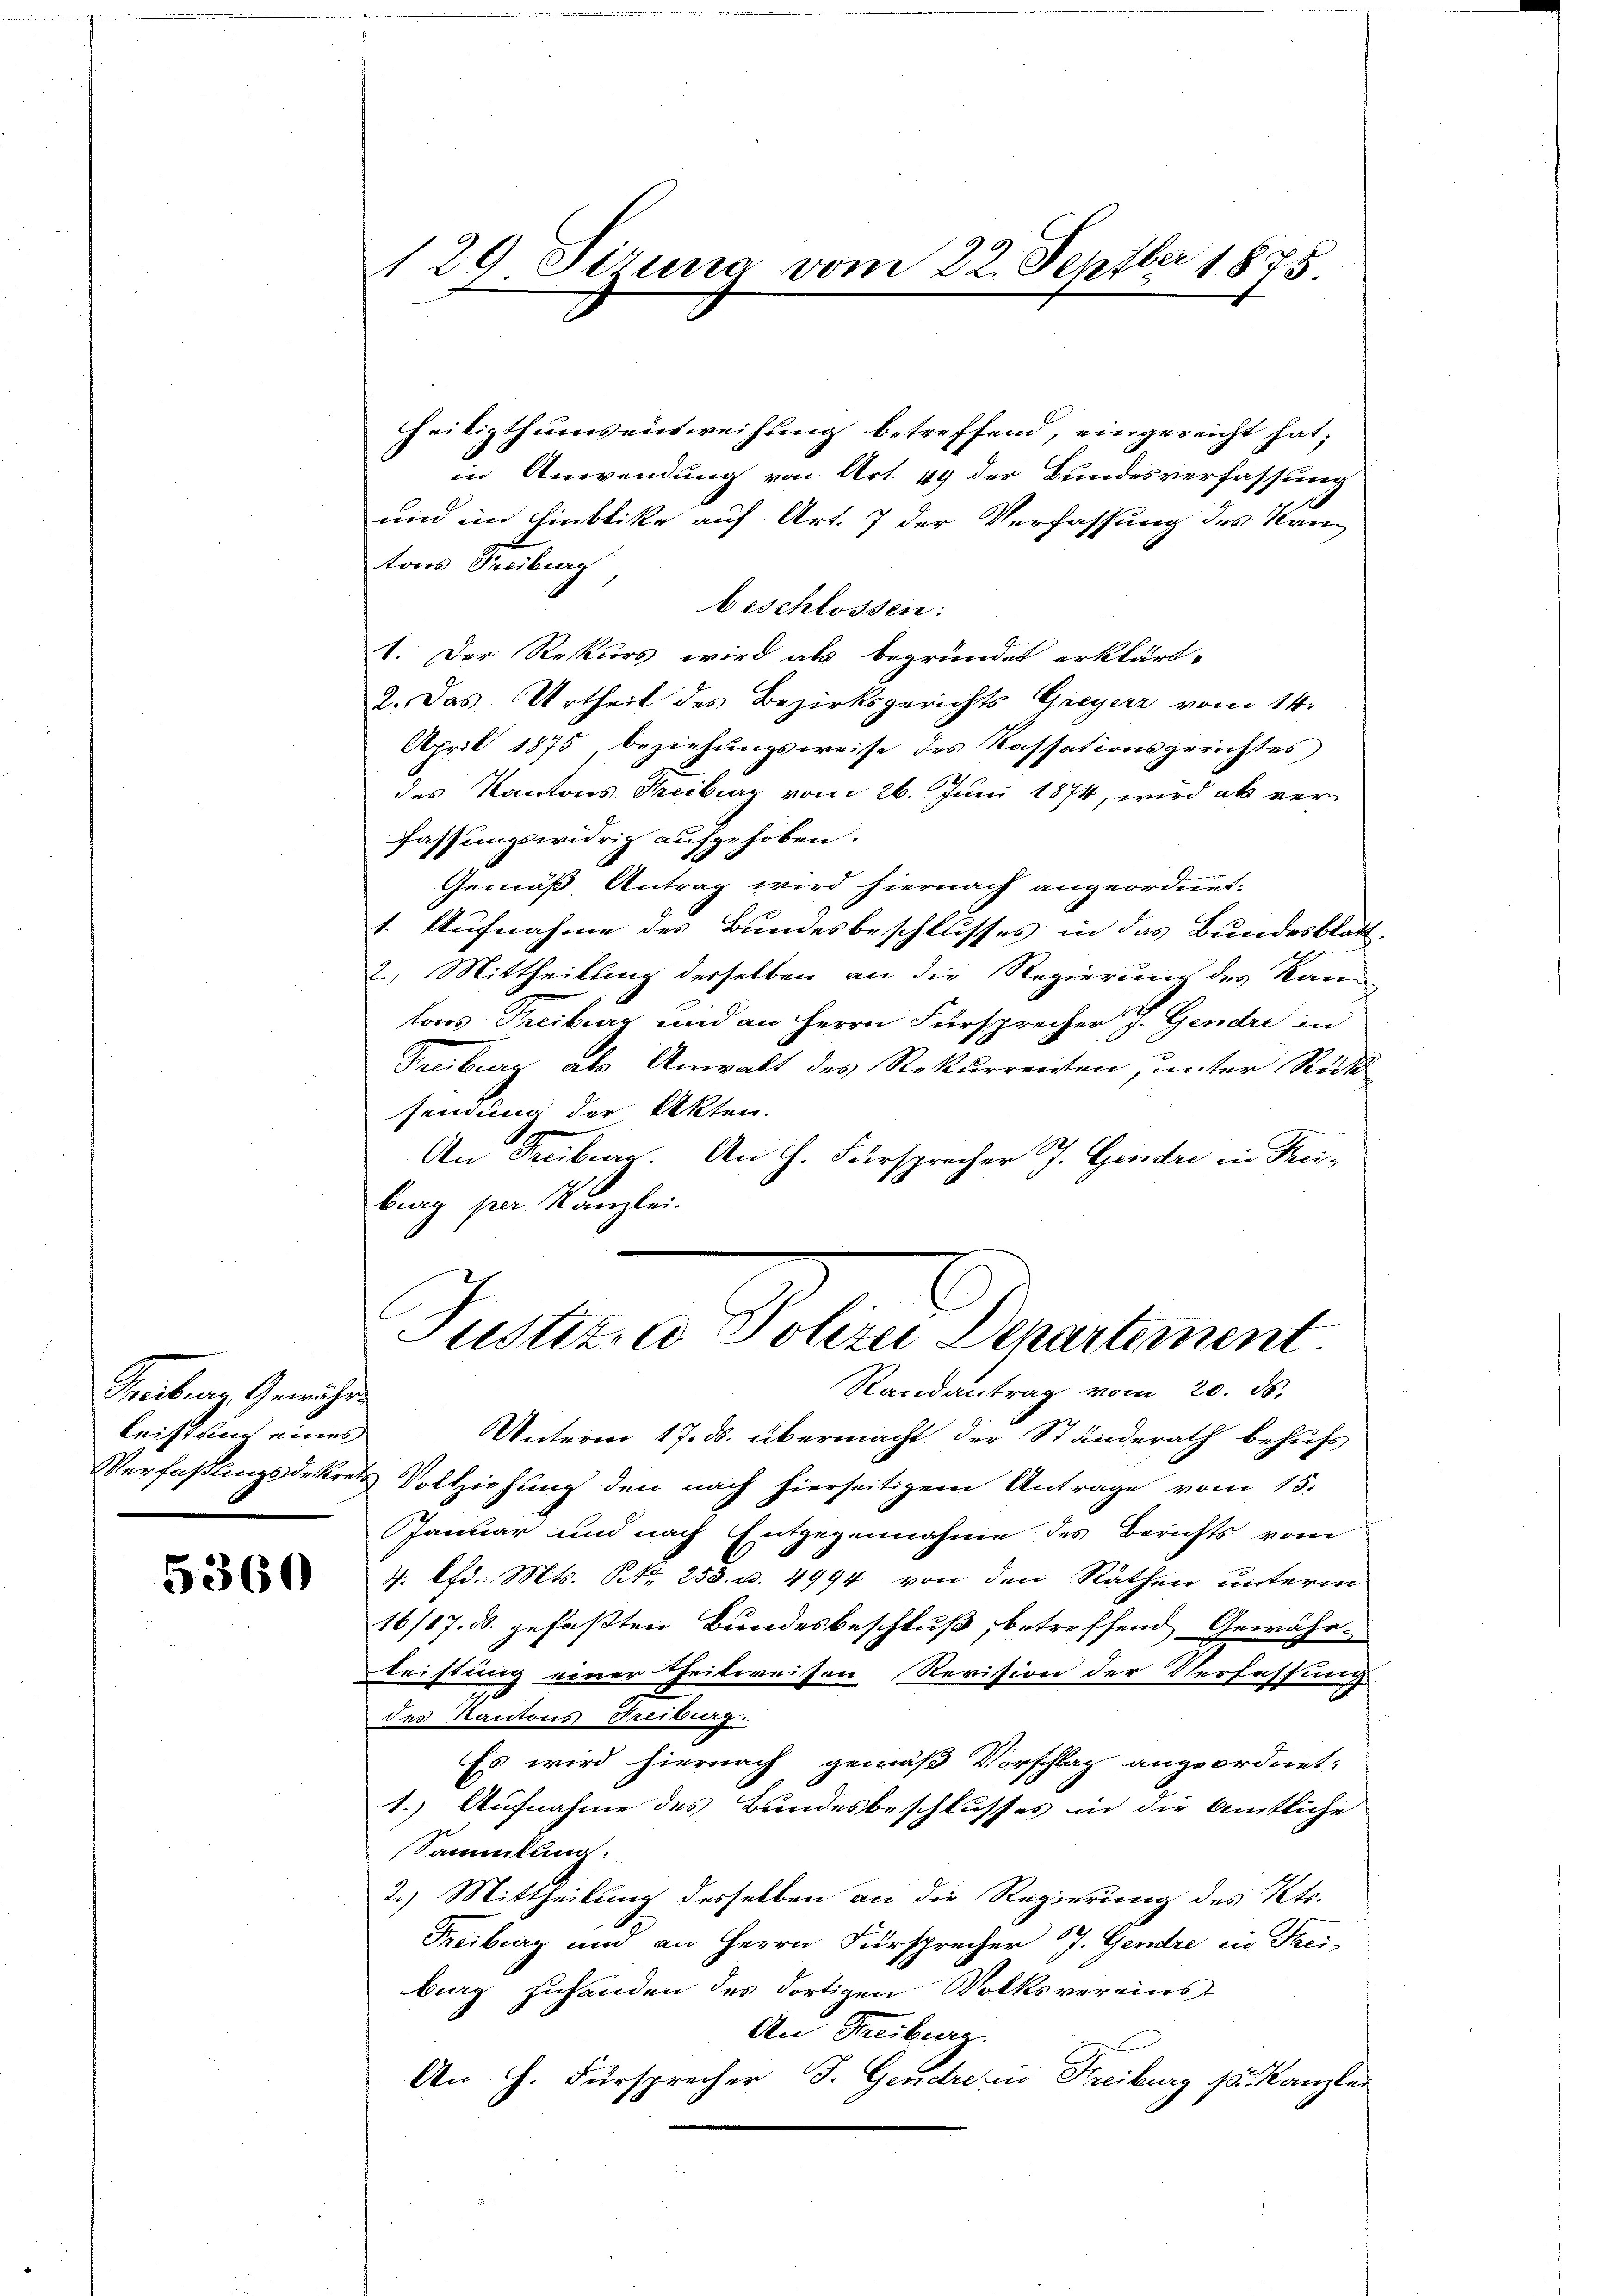
Treiburg Gewähre
Leistung eines

5360

129 Siruna vom 22. Septber 1875.

Heiligthums entweisung betreffend, eingereicht hat.
in Anwendung von Art. 49 der Bundesverfassung
und im Hinblike auf Art. 7 der Verfassung des Nam
tons Rauburg
beschlossen:
1. Der Rekurs wird als begründet erklärt.
2. Das Urtheil des Bezirksgerichts Greyerz vom 14.
April 1875 beziehungsweise des Kassationsgerichtes
des Kantons Freiburg vom 26. Juni 1874, wird ab ver-
fassungswidrig aufgehoben.
Gemäß Antrag wird hiernach angeordnet.
1. Aufnahme des Bundesbeschlusses in das Bundesblat
2.) Mittheilung derselben an die Regierung des Kantons Treiburg und an Herrn Fürsprecher J. Gendre in
Freiburg als Anwalt des Rekurrenten, unter Rücksendung der Akten.
An Freiben. An H. Fürsprecher J. Gendre in Freiburg per Kanzlei.

Justiren Polien Departement
Randantrag vom 20. ds.

UUnterm 17. ds. übermacht der Ständerath behufs
Verfaßungsdekrets Vollziehung den nach hierseitigem Antrage vom 15.
Januar und nach Entgegennahme des Berichts vom
4. lfd. Mts. Nr. 253. u. 4994 von den Räthen unterm
16/17. ds. gefaßten Bundesbeschluß, betreffend Gewährleistung einer theilweisen Revision der Verfassung.
des Kantons Freiburg.
Es wird hiernach gemäß Vorschlag angeordnet.
1.) Aufnahme des Bundesbeschlusses in die Amtliche
Sammlung:
2.) Mittheilung desselben an die Regierung des Kts.
Treiburg und an Herrn Fürsprecher J. Gendre ein Frei,
burg zuhanden des dortigen Volksvereins-
An Freiburg.
An H. Fürsprecher J. Gendre in Freiburg s. Kanzlei